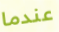
عندما